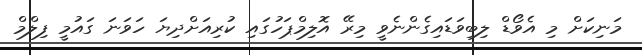
މަނިކަށް މި އެވޯޑް ލިބިވަޑައިގެންނެވީ މިރޭ އޮލިމްޕަހުގައި ކުރިއަށްދިޔަ ހަވަނަ ގައުމީ ފިލްމް